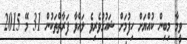
ވީމާ މިބިން ކުއްޔަށް ހިފުމަށް ޝައުޤުވެރިވެ ލައްވާ ފަރާތްތަކުން 31 މޭ 2015